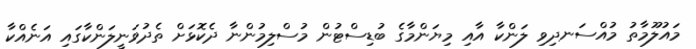
މައުލޫމާތު މުއްސަނދިވި ލަންކާ އާއި މިޔަންމާގެ ބުޑިސްޓުން މުސްލިމުންނާ ދެކޮޅަށް ތެދުވަނީލަންކާގައި އަނެއްކާ